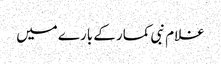
غلام نبی کمار کے بارے میں